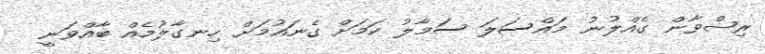
ރިޟްވާން ގެއްލުނު މައްސަލަ ސަމާލު ކަމަށް ގެނައުމަށް ހިނގާލުމެއް ބާއްވަނީ